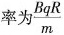
率为\frac{BqR}{m}